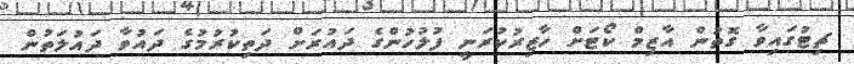
ޗިޓުގައިވާ ގޮތުން އާޒިމް ކޯޓަށް ހާޒިރުކުރަނީ ފުލުހުންގެ ދައުރަށް ދަތިކުރުމުގެ ދައުވާ ދައުލަތުން